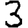
Digit: 3